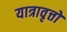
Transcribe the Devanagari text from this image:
यात्रावृत्तों